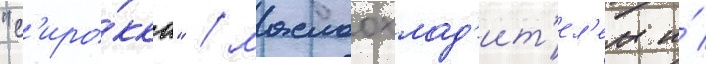
"с'иро́кко" / маслоохлад'ит'ел'ем и́